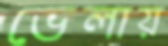
ভেলায়